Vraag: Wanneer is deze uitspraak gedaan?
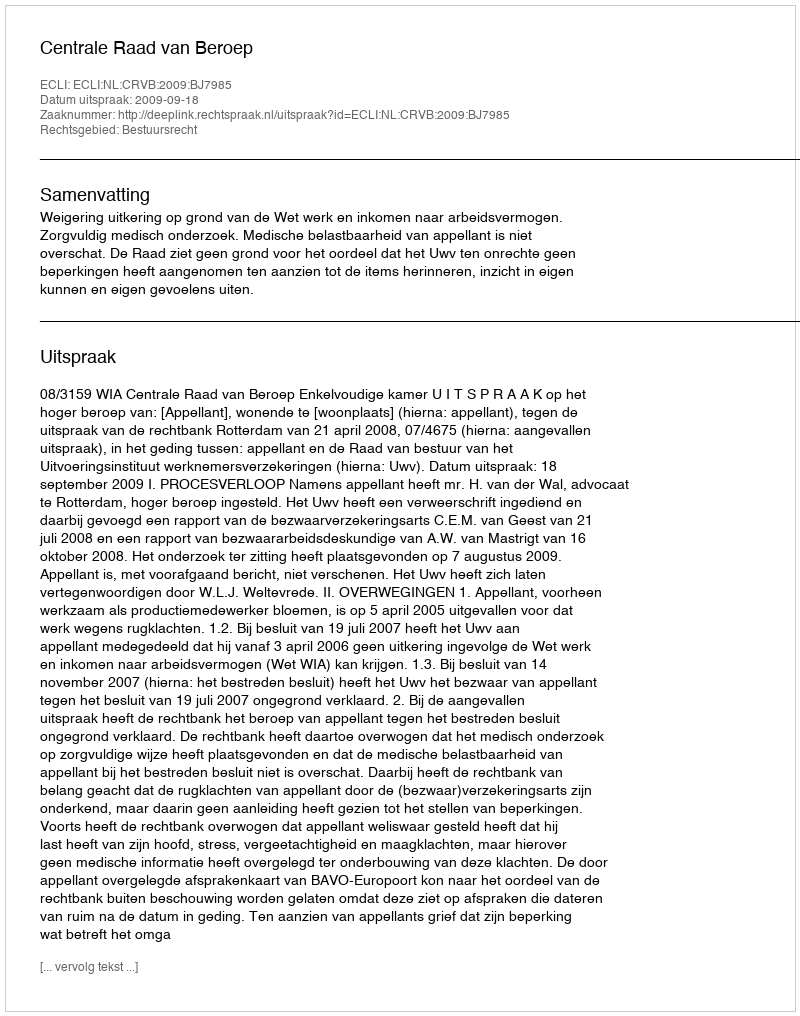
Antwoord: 2009-09-18